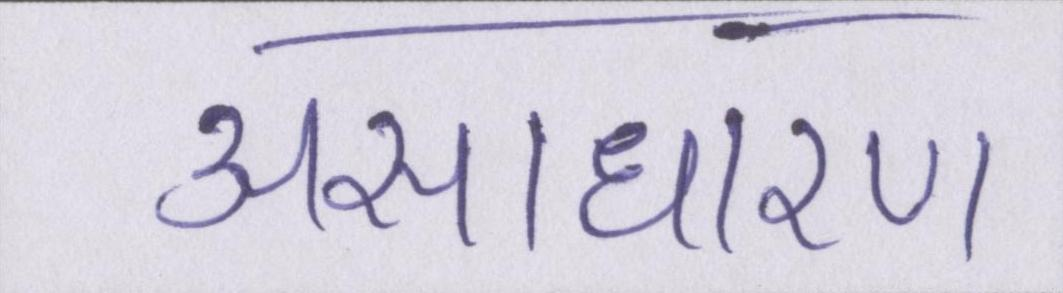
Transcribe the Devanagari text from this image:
असाधारण